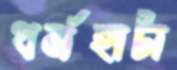
ধর্মহাটা